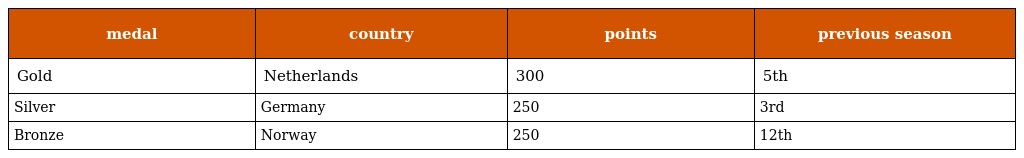
| medal | country | points | previous season |
 | --- | --- | --- | --- |
 | Gold | Netherlands | 300 | 5th |
 | Silver | Germany | 250 | 3rd |
 | Bronze | Norway | 250 | 12th |